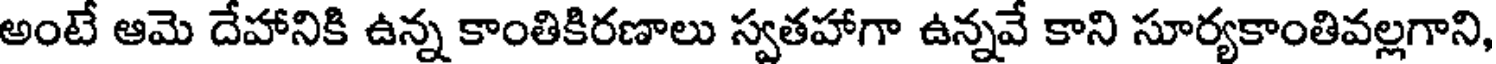
అంటే ఆమె దేహానికి ఉన్న కాంతికిరణాలు స్వతహాగా ఉన్నవే కాని సూర్యకాంతివల్లగాని,